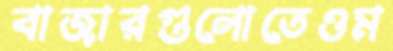
বাজারগুলোতেওম